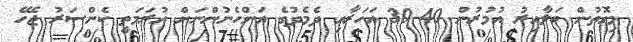
މިގޮތުން ބަލާއިރު އުމުރުން 40-30 އަހަރާއި ދެމެދުގެ އަންހެނުންނަށް އުރަމަތީ ކެންސަރު ޖެހޭ